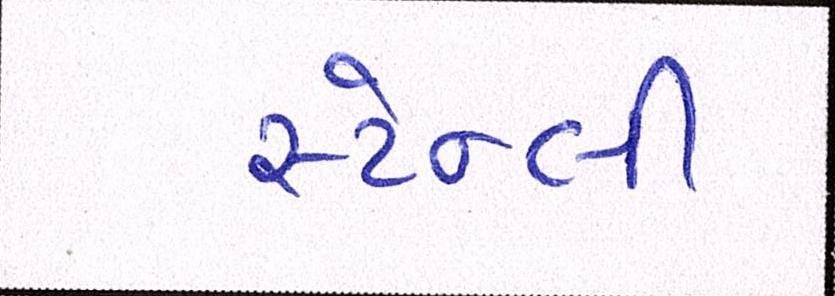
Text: સ્ટેન્લી